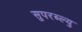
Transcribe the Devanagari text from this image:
सुपरब्ल्यु